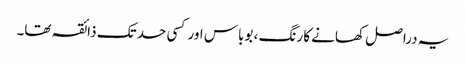
یہ دراصل کھانے کا رنگ ، بوباس اور کسی حد تک ذائقہ تھا۔